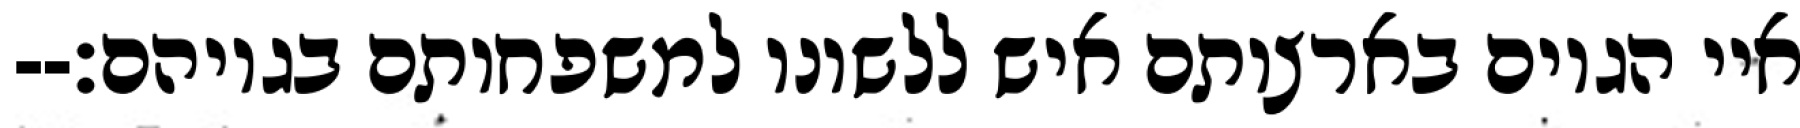
איי הגוים בארצותם איש ללשונו למשפחותם בגויהם׃--